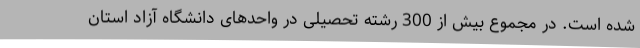
شده است. در مجموع بیش از 300 رشته تحصیلی در واحدهای دانشگاه آزاد استان